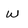
Character: w